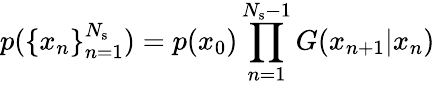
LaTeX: p(\{ x_{n}\} _{n=1}^{N_{\mathrm{s}}})=p(x_{0})\prod_{n=1}^{N_{\mathrm{s}}-1}G(x_{n+1}|x_{n})